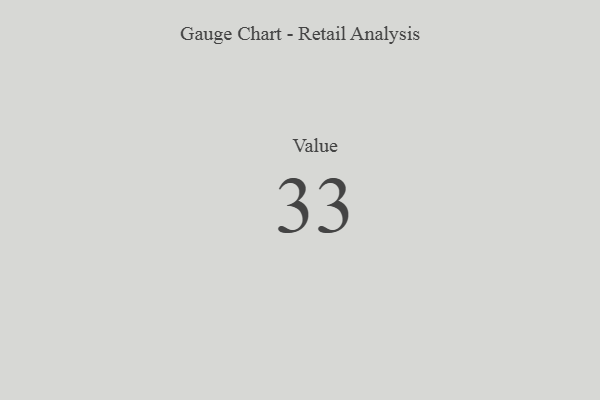
{"axis": {"x": "Metric", "y": "Value"}, "legend": [""], "data": [{"x": "Value", "y": 33, "type": ""}]}